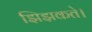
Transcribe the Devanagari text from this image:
झिझकते।